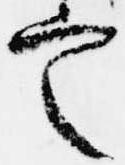
定